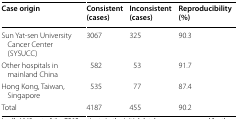
<table><thead><tr><td><b>Case origin</b></td><td><b>Consistent (cases)</b></td><td><b>Inconsistent (cases)</b></td><td><b>Reproducibility (%)</b></td></tr></thead><tbody><tr><td>Sun Yat-sen University Cancer Center (SYSUCC)</td><td>3067</td><td>325</td><td>90.3</td></tr><tr><td>Other hospitals in mainland China</td><td>582</td><td>53</td><td>91.7</td></tr><tr><td>Hong Kong, Taiwan, Singapore</td><td>535</td><td>77</td><td>87.4</td></tr><tr><td>Total</td><td>4187</td><td>455</td><td>90.2</td></tr></tbody></table>